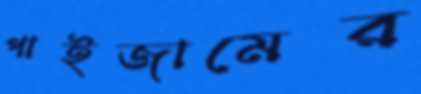
পাইজামের